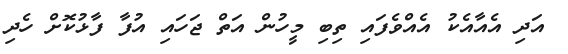
އަދި އެއާއެކު އެއްވެފައި ތިބި މީހުން އަތް ޖަހައި އުފާ ފާޅުކޮށް ހެދި